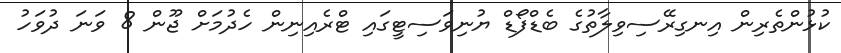
ކުޅުންތެރިން އިނގިރޭސިވިލާތުގެ ބެޑްފޯޑް ޔުނިވަސިޓީގައި ޓްރެއިނިން ހެދުމަށް ޖޫން 8 ވަނަ ދުވަހު